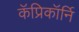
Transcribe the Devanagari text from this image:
कॅप्रिकॉर्नि